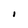
Character: I